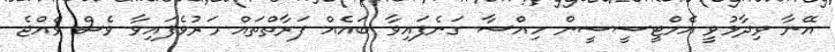
އޭނާ ވިދާޅުވީ އެމްޓީސީސީން ހިއްސާ ގަނެފައިވާ ބައެއް ފަރާތްތައް މަރުވެފައިވާ ވެސް ވެއްޖެ